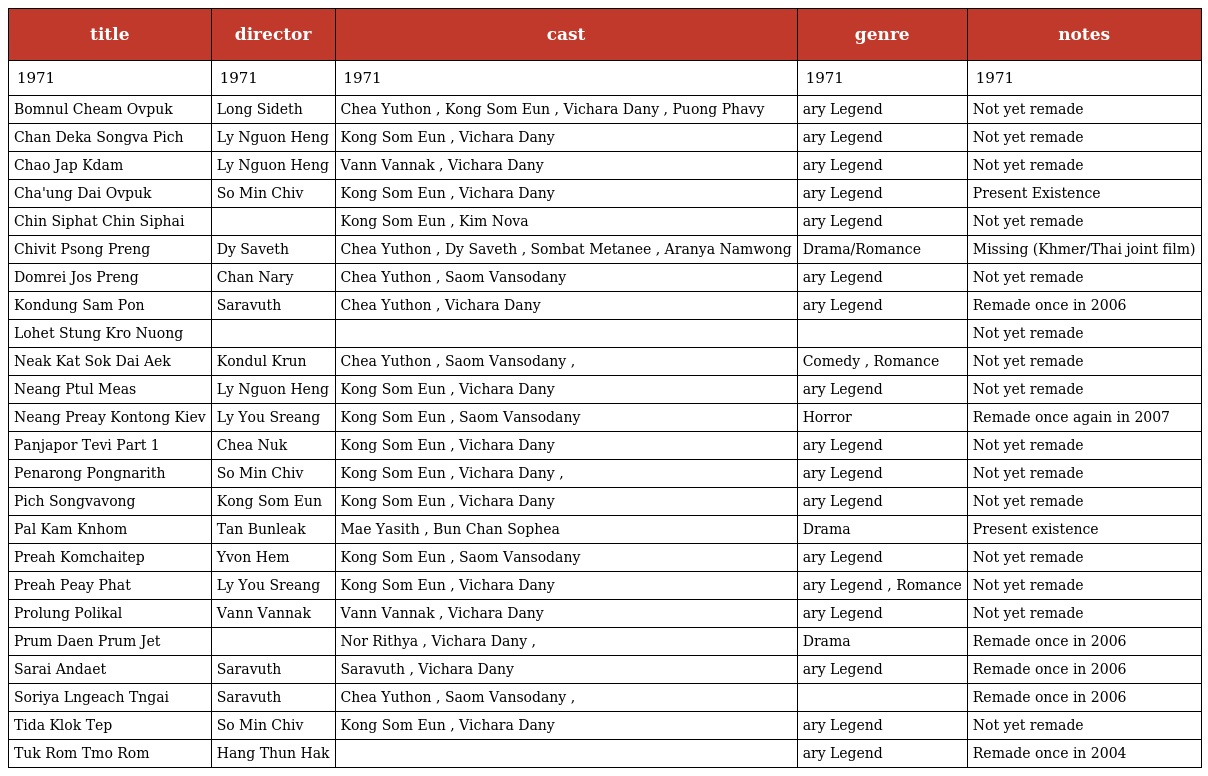
| title | director | cast | genre | notes |
 | --- | --- | --- | --- | --- |
 | 1971 | 1971 | 1971 | 1971 | 1971 |
 | Bomnul Cheam Ovpuk | Long Sideth | Chea Yuthon , Kong Som Eun , Vichara Dany , Puong Phavy | ary Legend | Not yet remade |
 | Chan Deka Songva Pich | Ly Nguon Heng | Kong Som Eun , Vichara Dany | ary Legend | Not yet remade |
 | Chao Jap Kdam | Ly Nguon Heng | Vann Vannak , Vichara Dany | ary Legend | Not yet remade |
 | Cha'ung Dai Ovpuk | So Min Chiv | Kong Som Eun , Vichara Dany | ary Legend | Present Existence |
 | Chin Siphat Chin Siphai |  | Kong Som Eun , Kim Nova | ary Legend | Not yet remade |
 | Chivit Psong Preng | Dy Saveth | Chea Yuthon , Dy Saveth , Sombat Metanee , Aranya Namwong | Drama/Romance | Missing (Khmer/Thai joint film) |
 | Domrei Jos Preng | Chan Nary | Chea Yuthon , Saom Vansodany | ary Legend | Not yet remade |
 | Kondung Sam Pon | Saravuth | Chea Yuthon , Vichara Dany | ary Legend | Remade once in 2006 |
 | Lohet Stung Kro Nuong |  |  |  | Not yet remade |
 | Neak Kat Sok Dai Aek | Kondul Krun | Chea Yuthon , Saom Vansodany , | Comedy , Romance | Not yet remade |
 | Neang Ptul Meas | Ly Nguon Heng | Kong Som Eun , Vichara Dany | ary Legend | Not yet remade |
 | Neang Preay Kontong Kiev | Ly You Sreang | Kong Som Eun , Saom Vansodany | Horror | Remade once again in 2007 |
 | Panjapor Tevi Part 1 | Chea Nuk | Kong Som Eun , Vichara Dany | ary Legend | Not yet remade |
 | Penarong Pongnarith | So Min Chiv | Kong Som Eun , Vichara Dany , | ary Legend | Not yet remade |
 | Pich Songvavong | Kong Som Eun | Kong Som Eun , Vichara Dany | ary Legend | Not yet remade |
 | Pal Kam Knhom | Tan Bunleak | Mae Yasith , Bun Chan Sophea | Drama | Present existence |
 | Preah Komchaitep | Yvon Hem | Kong Som Eun , Saom Vansodany | ary Legend | Not yet remade |
 | Preah Peay Phat | Ly You Sreang | Kong Som Eun , Vichara Dany | ary Legend , Romance | Not yet remade |
 | Prolung Polikal | Vann Vannak | Vann Vannak , Vichara Dany | ary Legend | Not yet remade |
 | Prum Daen Prum Jet |  | Nor Rithya , Vichara Dany , | Drama | Remade once in 2006 |
 | Sarai Andaet | Saravuth | Saravuth , Vichara Dany | ary Legend | Remade once in 2006 |
 | Soriya Lngeach Tngai | Saravuth | Chea Yuthon , Saom Vansodany , |  | Remade once in 2006 |
 | Tida Klok Tep | So Min Chiv | Kong Som Eun , Vichara Dany | ary Legend | Not yet remade |
 | Tuk Rom Tmo Rom | Hang Thun Hak |  | ary Legend | Remade once in 2004 |